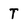
Character: T